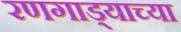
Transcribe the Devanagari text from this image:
रणगाड्याच्या